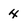
Character: 4